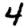
Digit: 4